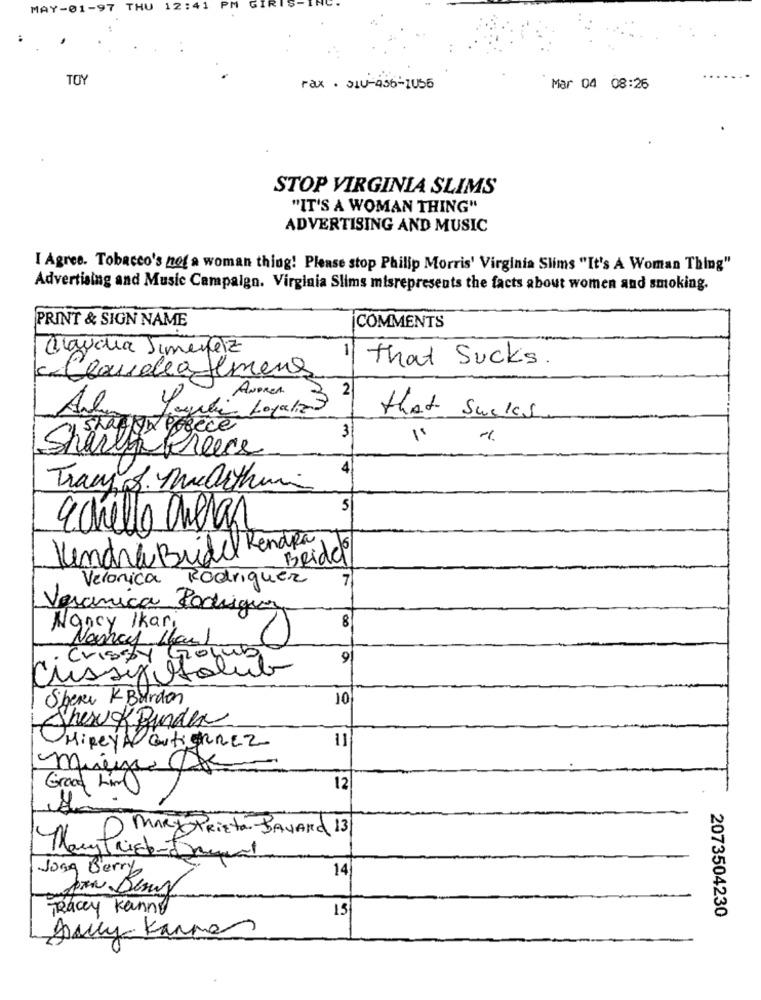
MAY-01-97 THU 12:41 PM
GI
TOY
rax . SIU-436-1055
Mar 04 08:26
STOP VIRGINIA SLIMS
"IT'S A WOMAN THING"
ADVERTISING AND MUSIC
I Agree. Tobacco's not a woman thing! Please stop Philip Morris' Virginia Slims "It's A Woman Thing"
Advertising and Music Campaign. Virginia Slims misrepresents the facts about women and smoking.
PRINT & SIGN NAME
COMMENTS
Claudia Jimenez
11
-
c. Claudia Hemens
that Sucks
ANDREA
2
Alm
Mi Layaliz 3
that Sucks
staffan ofrece
3
Sharth Preece
4
Tracy . Medithun
5
agnello cheras
Vendra Bridel Rendra
Beide
Veronica Rodriguez
7
Veronica Podigio
8
Nancy Ikari
Crissy Gojub
9
Cussixholub
Shere K Burdon
10
Sherok Bunden
11
MiRey A GutiERREZ
Grood Lim)
12
TheD. MARy PriEta-BAYARD 13
Jong Berry
14
Tracey Kanny
15
2073504230
July Kannes